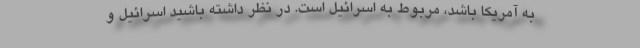
به آمریکا باشد، مربوط به اسرائیل است. در نظر داشته باشید اسرائیل و